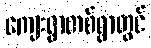
ကျေးရွာတစ်ရွာတွင်